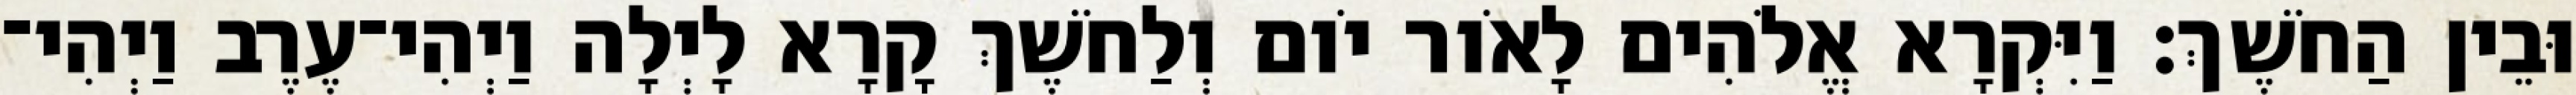
וּבֵין הַחֹשֶׁךְ׃ וַיִּקְרָא אֱלֹהִים לָאֹור יֹום וְלַחֹשֶׁךְ קָרָא לָיְלָה וַיְהִי־עֶרֶב וַיְהִי־